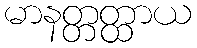
မာနတ္တတ္ထာယ